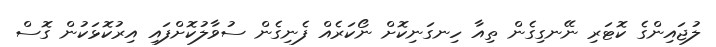
ލުޖައިންގެ ކޮޓަރި ނޭނގިގެން ތިއާ ހިނގަނިކޮށް ނޯކަރެއް ފެނިގެން ސުވާލުކޮށްފައި އިރުކޮޅަކުން ގޮސް